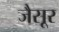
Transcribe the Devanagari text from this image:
जैसूर